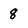
Character: 8